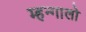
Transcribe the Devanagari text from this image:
म्हन्गालो